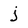
Character: j